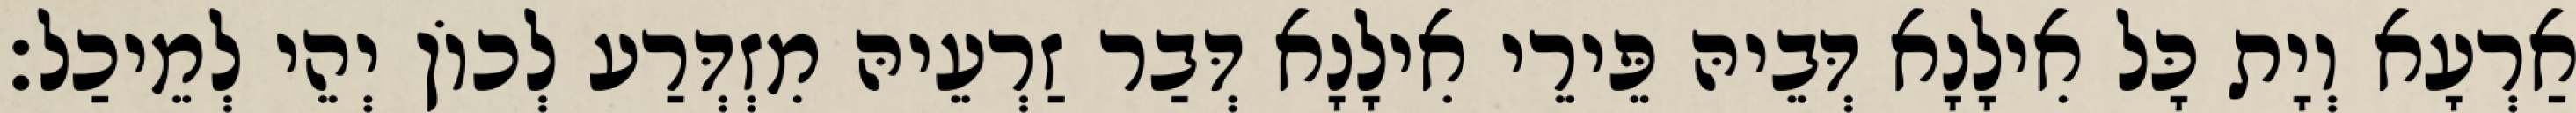
אַרְעָא וְיָת כָּל אִילָנָא דְּבֵיהּ פֵּירֵי אִילָנָא דְּבַר זַרְעֵיהּ מִזְדְּרַע לְכוֹן יְהֵי לְמֵיכַל׃